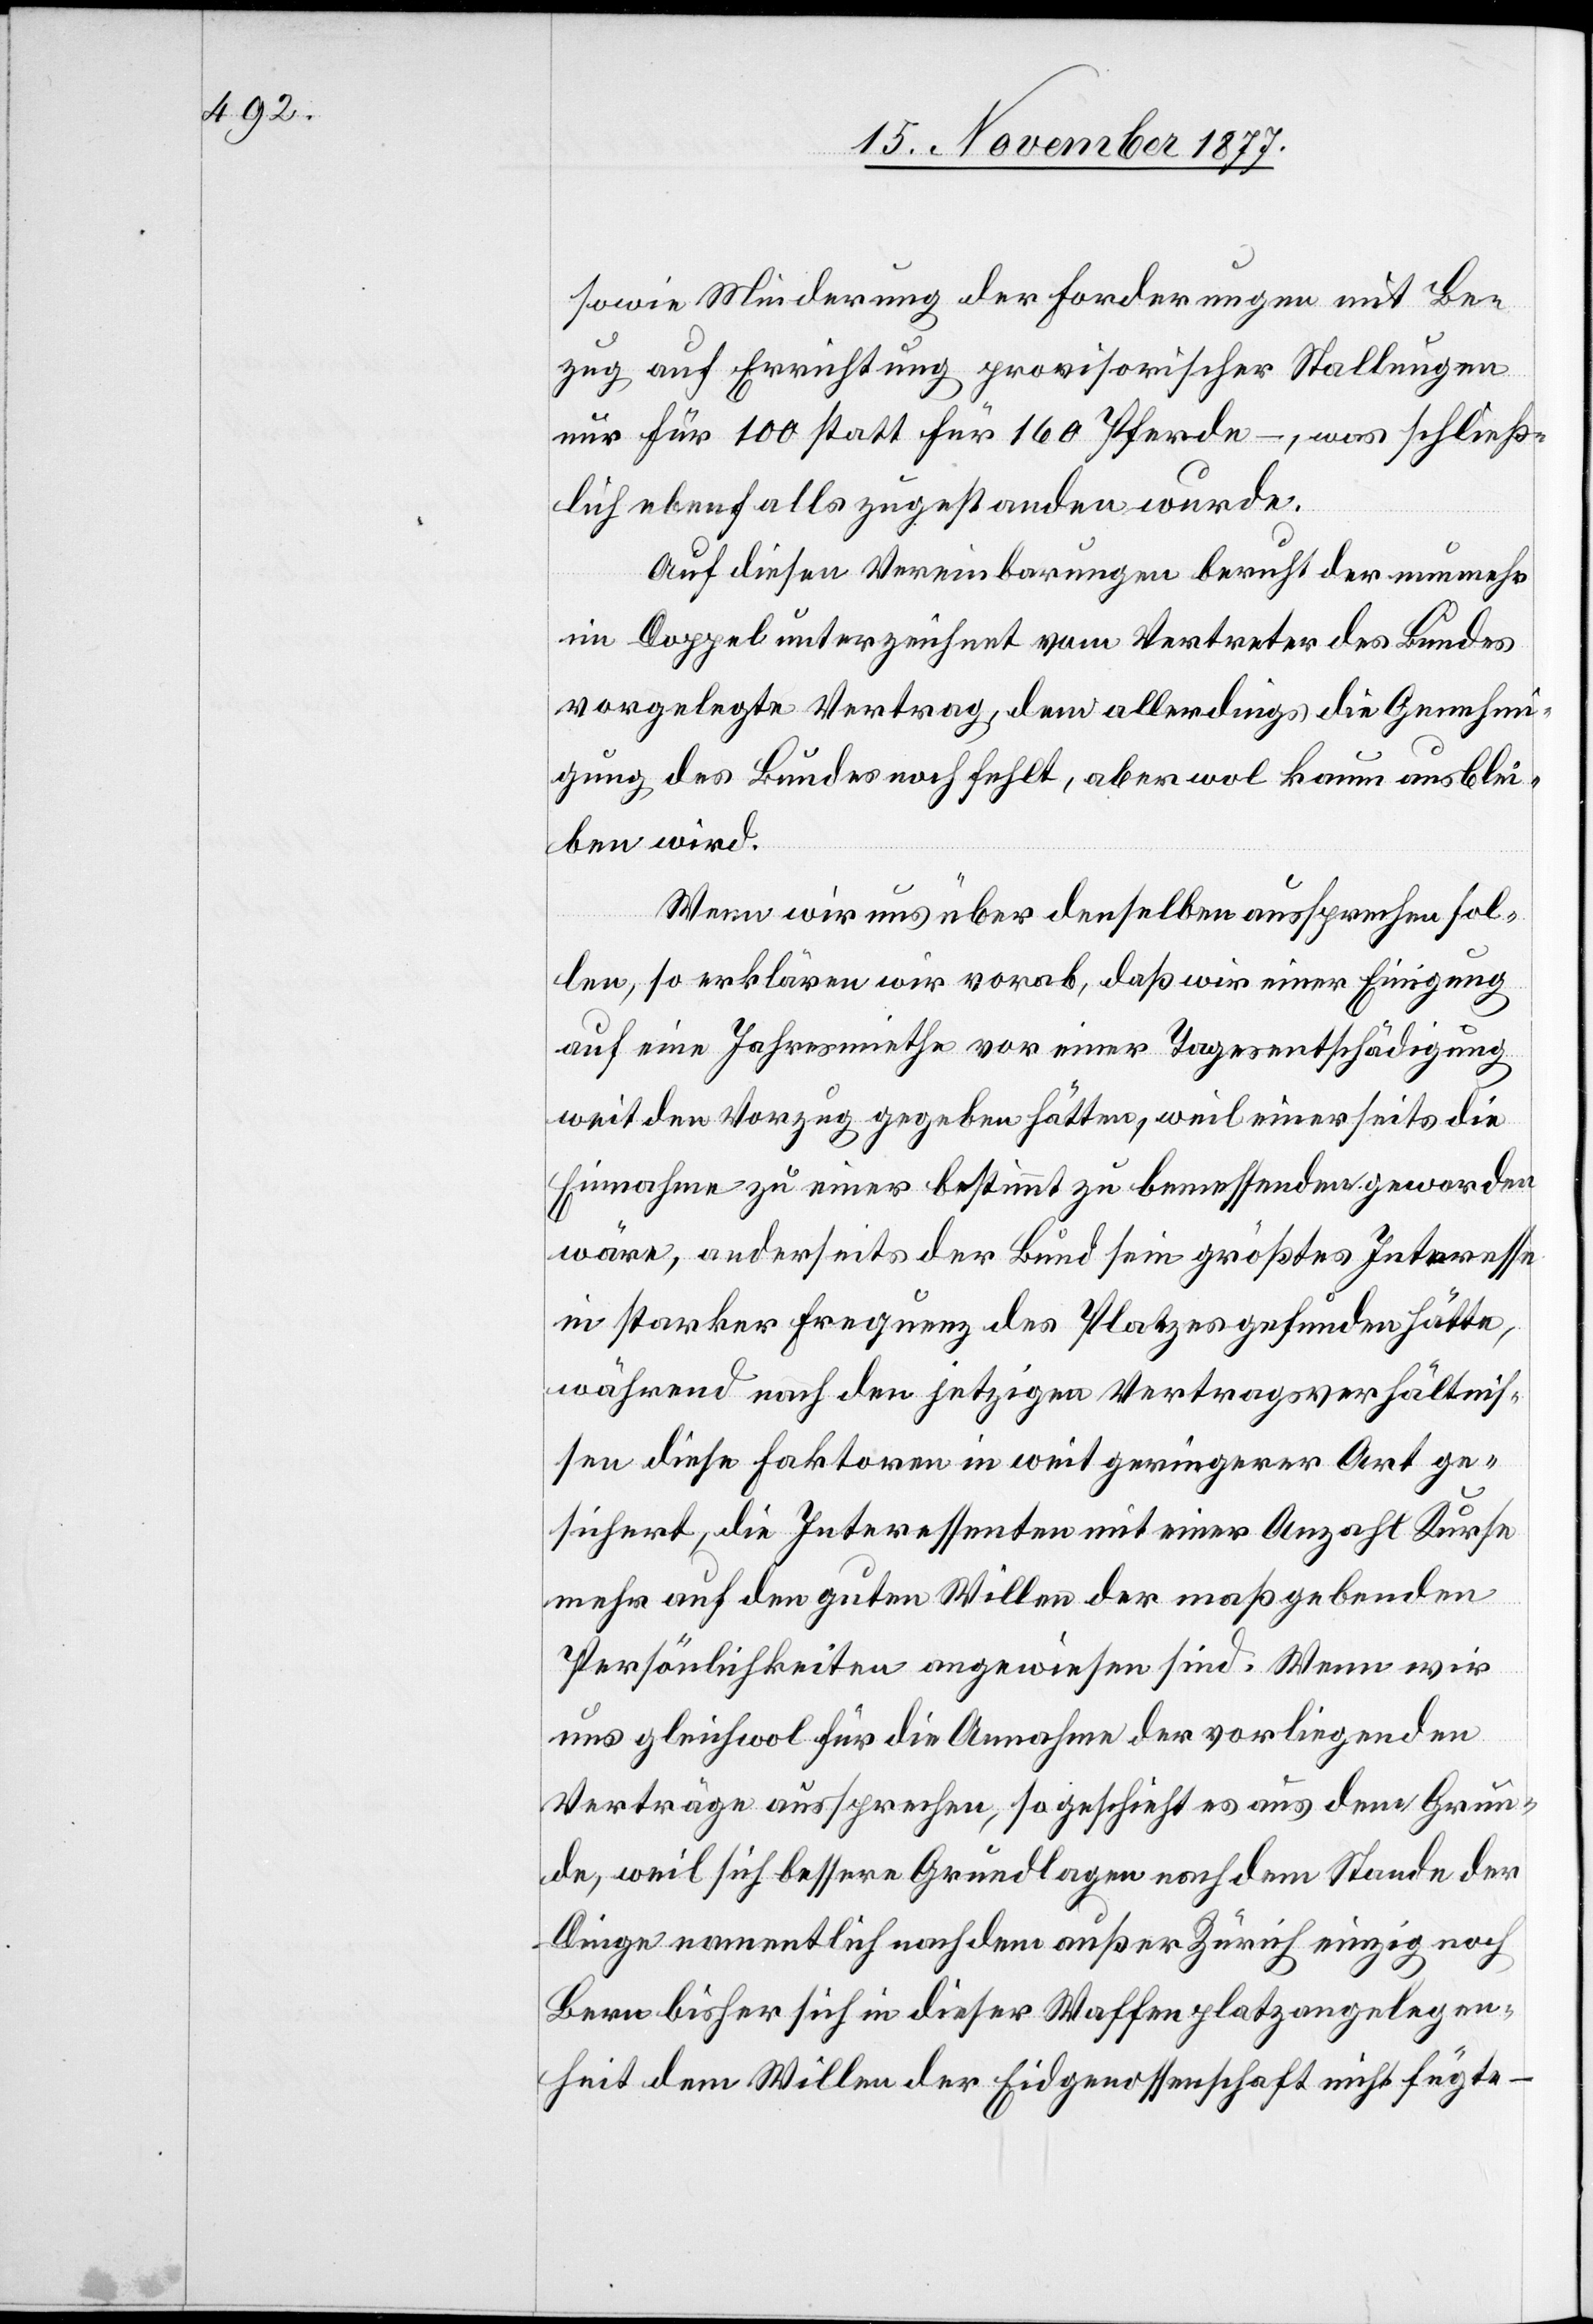
sowie Minderung der Forderungen mit Be¬
zug auf Errichtung provisorischer Stallungen
nur für 100 statt für 160 Pferde –, was schließ¬
lich ebenfalls zugestanden wurde.
Auf diesen Vereinbarungen beruht der nunmehr
im Doppel unterzeichnet vom Vertreter des Bundes
vorgelegte Vertrag, dem allerdings die Genehmi¬
gung des Bundes noch fehlt, aber wol kaum ausblei¬
ben wird.
Wenn wir uns über denselben aussprechen sol¬
len, so erklären wir vorab, daß wir einer Einigung
auf eine Jahresmiethe vor einer Tagesentschädigung
weit den Vorzug gegeben hätten, weil einerseits die
Einnahme zu einer bestimmt zu bemessenden geworden
wäre, anderseits der Bund sein größtes Interesse
in starker Frequenz des Platzes gefunden hätte,
während nach den jetzigen Vertragsverhältnis¬
sen diese Faktoren in weit geringerer Art ge¬
sichert, die Interessenten mit einer Anzahl Kurse
mehr auf den guten Willen der maßgebenden
Persönlichkeiten angewiesen sind. Wenn wir
uns gleichwol für die Annahme der vorliegenden
Verträge aussprechen, so geschieht es aus dem Grun¬
de, weil sich bessere Grundlagen nach dem Stande der
Dinge namentlich nach dem außer Zürich einzig noch
Bern bisher sich in dieser Waffenplatzangelegen¬
heit dem Willen der Eidgenossenschaft nicht fügte –